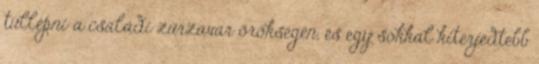
túllépni a családi zűrzavar örökségén, és egy sokkal kiterjedtebb